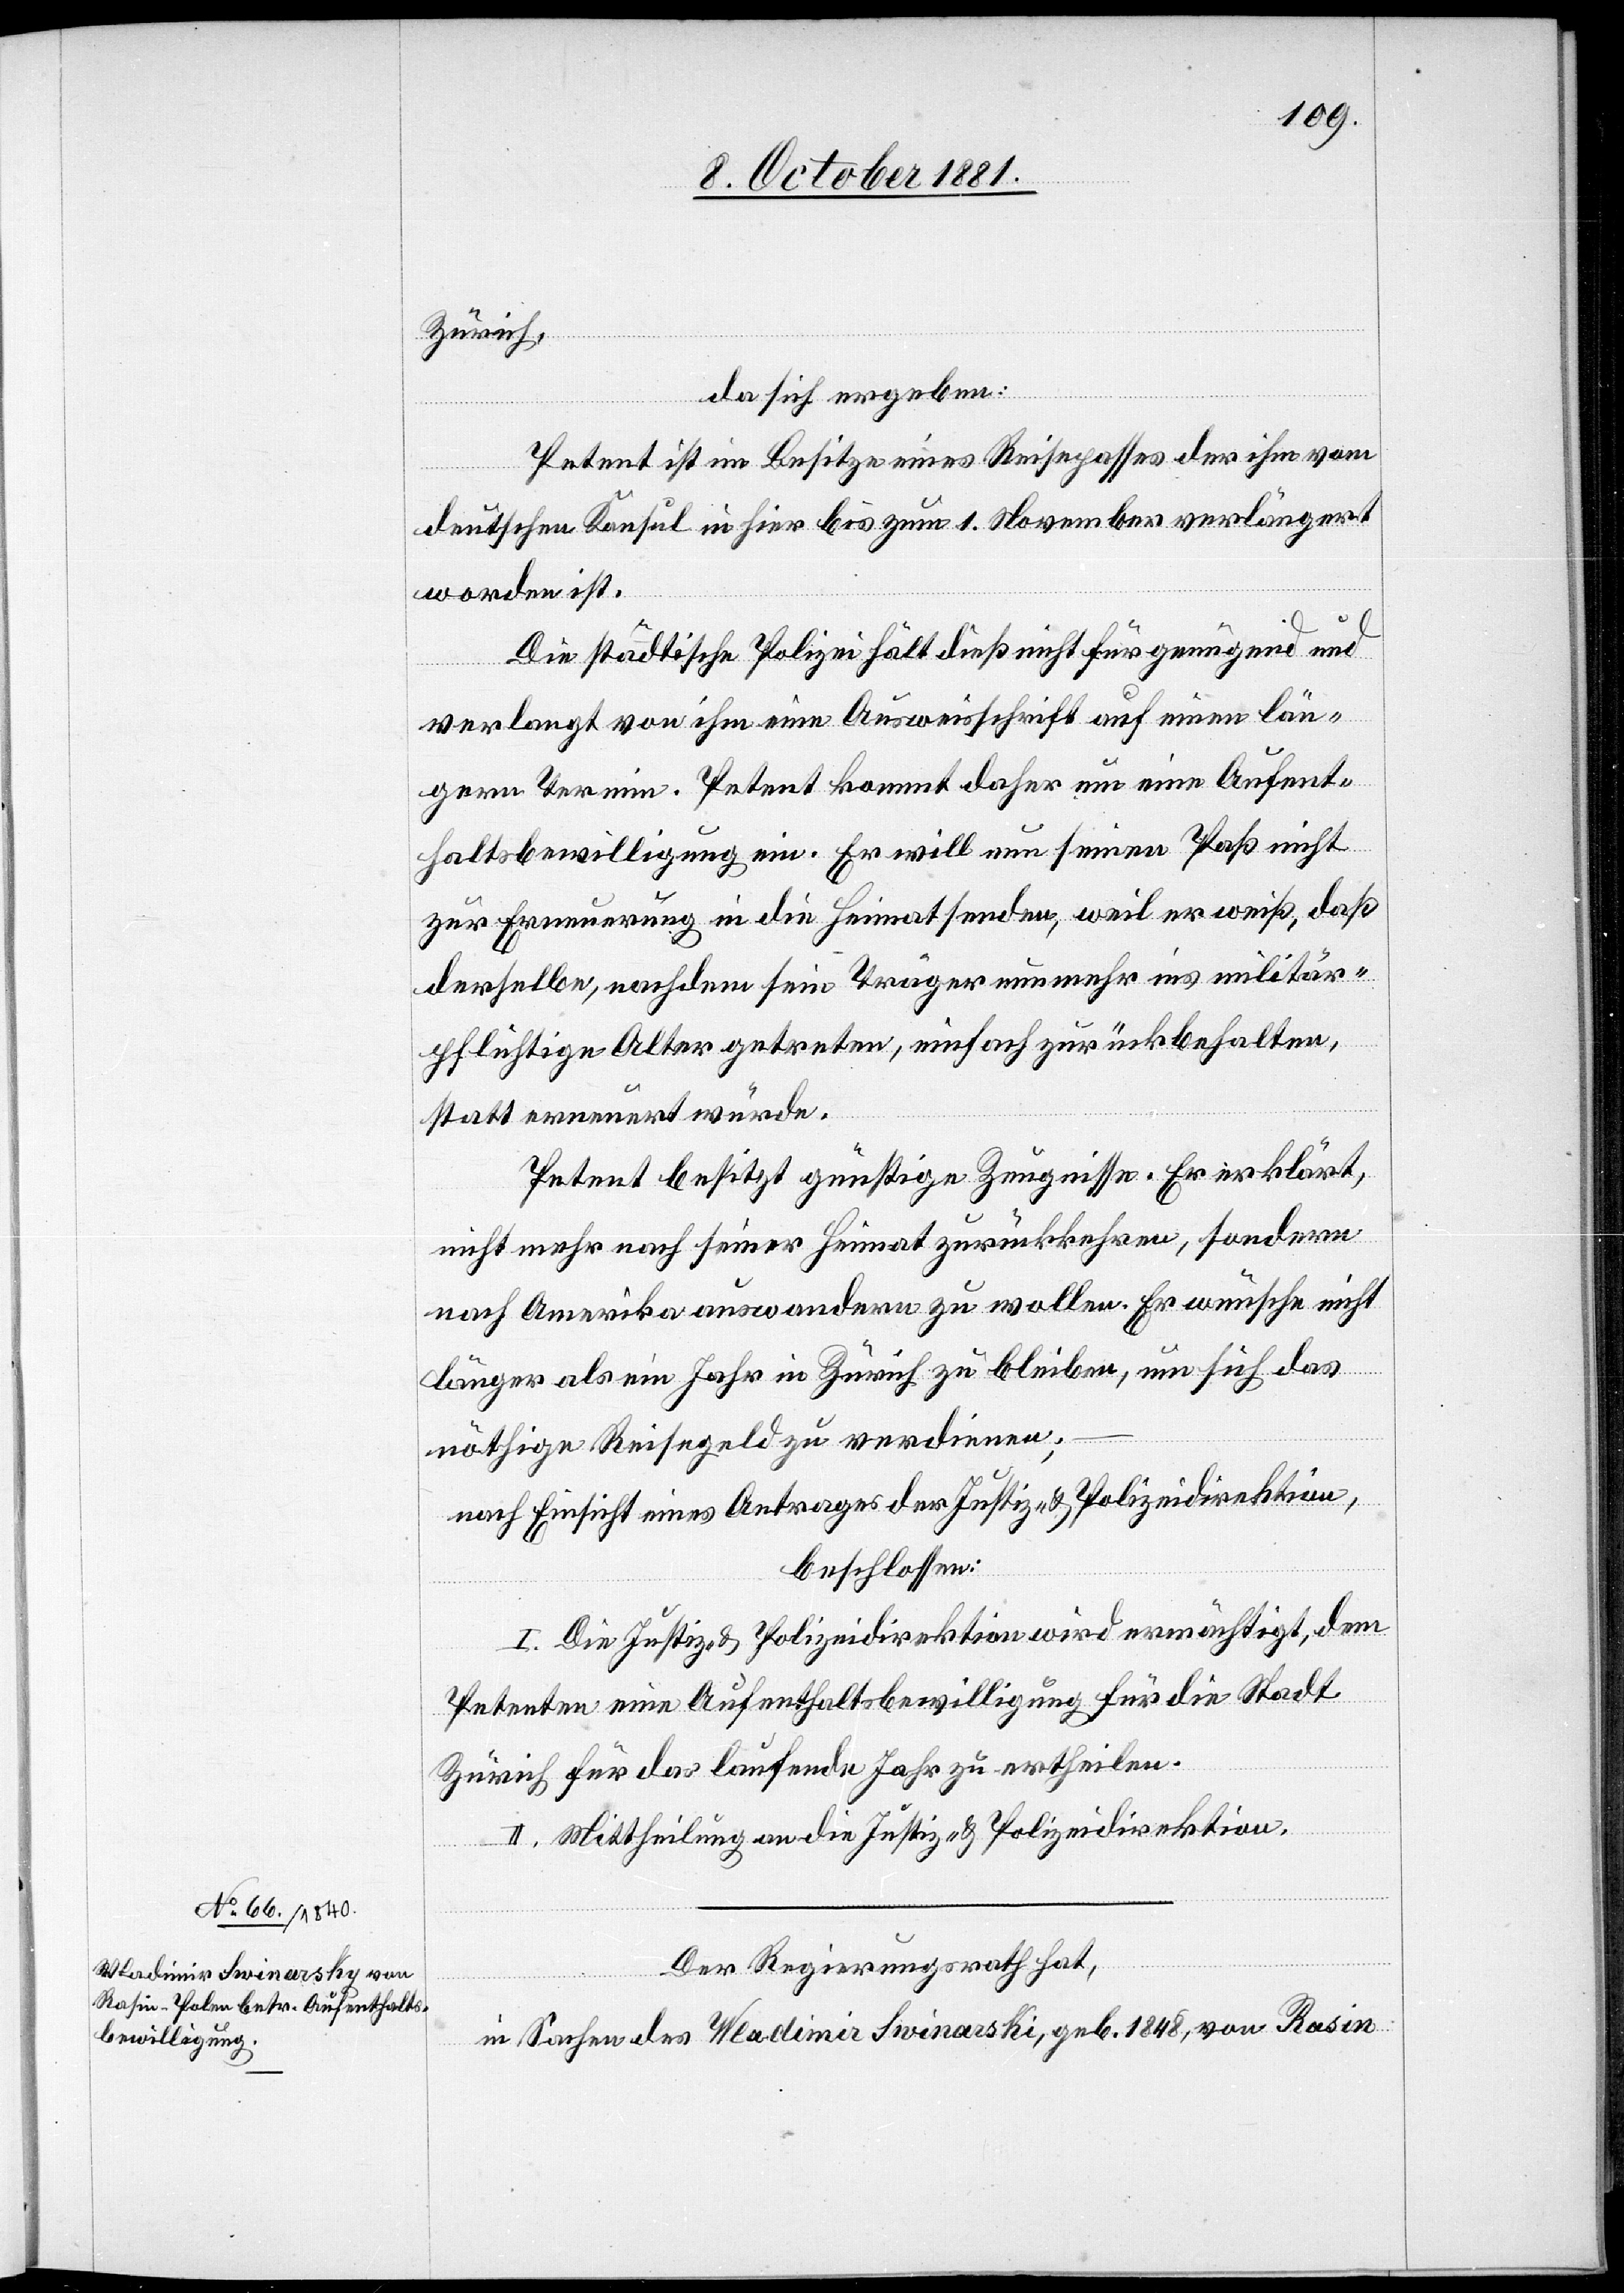
Zürich,
da sich ergeben:
Petent ist im Besitze eines Reisepasses der ihm vom
deutschen Konsul in hier bis zum 1. November verlängert
worden ist.
Die städtische Polizei hält dieß nicht für genügend und
verlangt von ihm eine Ausweisschrift auf einen län¬
gern Termin. Petent kommt daher um eine Aufent¬
haltsbewilligung ein. Er will nun seinen Paß nicht
zur Erneuerung in die Heimat senden, weil er weiß, daß
derselbe, nachdem sein Träger nunmehr ins militär¬
pflichtige Alter getreten, einfach zurückbehalten,
statt erneuert würde.
Petent besitzt günstige Zeugnisse. Er erklärt,
nicht mehr nach seiner Heimat zurückkehren, sondern
nach Amerika auswandern zu wollen. Er wünsche nicht
länger als ein Jahr in Zürich zu bleiben, um sich das
nöthige Reisegeld zu verdienen;
nach Einsicht eines Antrages der Justiz- & Polizeidirektion,
beschlossen:
I. Die Justiz- & Polizeidirektion wird ermächtigt, dem
Petenten eine Aufenthaltsbewilligung für die Stadt
Zürich für das laufende Jahr zu ertheilen.
II. Mittheilung an die Justiz- & Polizeidirektion.
Der Regierungsrath hat,
in Sachen des Wladimir Swinarski [sic!], geb. 1848, von Rasin